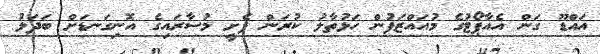
އައްޑޫ ގަން އެއާޕޯޓުގެ މުއައްޒަފުން ހަޅުތާލު ކުރަން ފެށީ މުސާރައިގެ އޮނިގަނޑަށް ބަދަލު